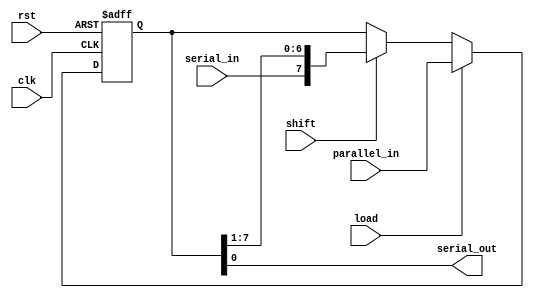
module shift_reg (
    output  wire            serial_out,

    input   wire    [7:0]   parallel_in,
    input   wire            serial_in,
    input   wire            shift,
    input   wire            load,
    input   wire            clk,
    input   wire            rst
);
    reg     [7:0]   data;
    wire    [7:0]   data_next;

    always @(posedge clk or negedge rst) 
        begin
            if(!rst)
                begin
                    data <= 8'b0;
                end
            else 
                if (load)
                    begin
                        data <= parallel_in;
                    end
                else if (shift)
                    begin
                        data <= data_next;
                    end
        end
    

    assign  data_next   = {serial_in,data[7:1]};
    assign  serial_out  = data[0];

endmodule